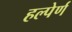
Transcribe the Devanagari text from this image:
हल्पेर्ण